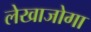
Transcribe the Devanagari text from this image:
लेखाजोगा